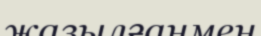
жазылғанмен